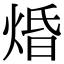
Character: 焝